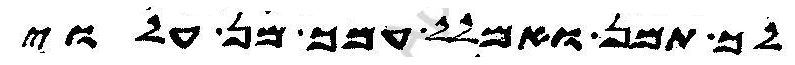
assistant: לך תמן ואמלל עמך מן עלוי